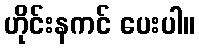
ဟိုင်းနကင် ပေးပါ။